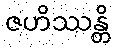
ဇဟိဿန္တိ